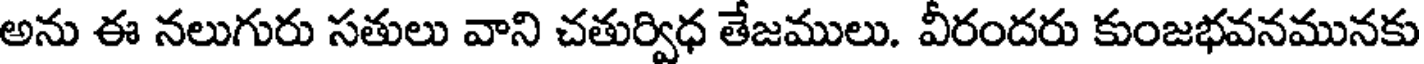
అను ఈ నలుగురు సతులు వాని చతుర్విధ తేజములు. వీరందరు కుంజభవనమునకు